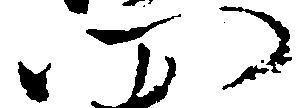
門